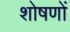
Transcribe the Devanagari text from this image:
शोषणों